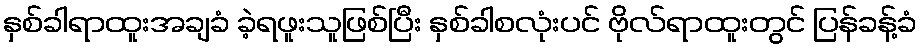
နှစ်ခါရာထူးအချခံ ခဲ့ရဖူးသူဖြစ်ပြီး နှစ်ခါစလုံးပင် ဗိုလ်ရာထူးတွင် ပြန်ခန့်ခံ